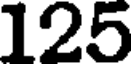
125